Indian journal of veterinary science and animal husbandry - Volume 12,
Year: 1942
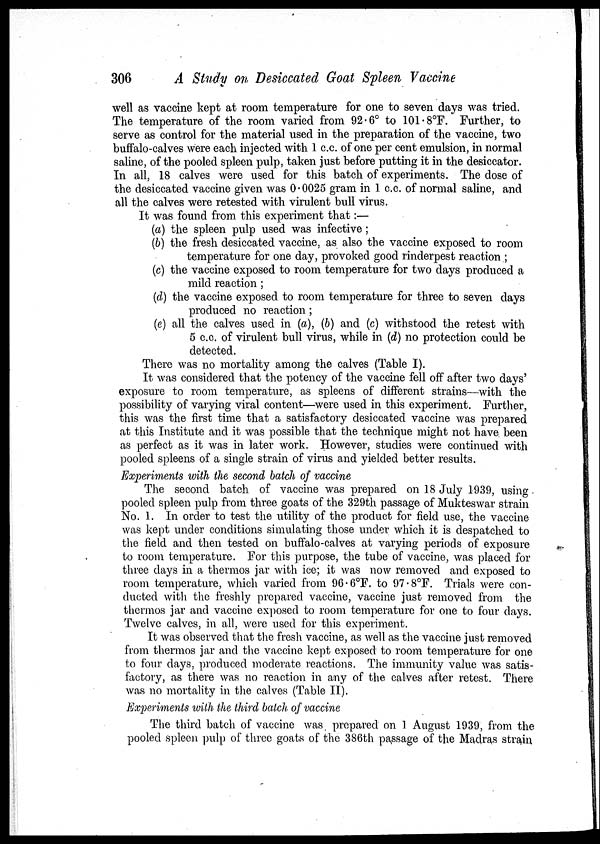
306
A Study on Desiccated Goat Spleen Vaccine
well as vaccine kept at room temperature for one to seven days was tried.
The temperature of the room varied from 92.6° to 101.8°F. Further, to
serve as control for the material used in the preparation of the vaccine, two
buffalo-calves were each injected with 1 c.c. of one per cent emulsion, in normal
saline, of the pooled spleen pulp, taken just before putting it in the desiccator.
In all, 18 calves were used for this batch of experiments. The dose of
the desiccated vaccine given was 0.0025 gram in 1 c.c. of normal saline, and
all the calves were retested with virulent bull virus.
It was found from this experiment that:—
(a) the spleen pulp used was infective;
(b) the fresh desiccated vaccine, as also the vaccine exposed to room
temperature for one day, provoked good rinderpest reaction ;
(c) the vaccine exposed to room temperature for two days produced a
mild reaction;
(d) the vaccine exposed to room temperature for three to seven days
produced no reaction;
(e) all the calves used in (a), (6) and (c) withstood the retest with
5 c.c. of virulent bull virus, while in (d) no protection could be
detected.
There was no mortality among the calves (Table I).
It was considered that the potency of the vaccine fell off after two days'
exposure to room temperature, as spleens of different strains—with the
possibility of varying viral content—were used in this experiment. Further,
this was the first time that a satisfactory desiccated vaccine was prepared
at this Institute and it was possible that the technique might not have been
as perfect as it was in later work. However, studies were continued with
pooled spleens of a single strain of virus and yielded better results.
Experiments with the second batch of vaccine
The second batch of vaccine was prepared on 18 July 1939, using
pooled spleen pulp from three goats of the 329th passage of Mukteswar strain
No. 1. In order to test the utility of the product for field use, the vaccine
was kept under conditions simulating those under which it is despatched to
the field and then tested on buffalo-calves at varying periods of exposure
to room temperature. For this purpose, the tube of vaccine, was placed for
three days in a thermos jar with ice; it was now removed and exposed to
room temperature, which varied from 96.6°F. to 97.8°F. Trials were con-
ducted with the freshly prepared vaccine, vaccine just removed from the
thermos jar and vaccine exposed to room temperature for one to four days.
Twelve calves, in all, were used for this experiment.
It was observed that the fresh vaccine, as well as the vaccine just removed
from thermos jar and the vaccine kept exposed to room temperature for one
to four days, produced moderate reactions. The immunity value was satis-
factory, as there was no reaction in any of the calves after retest. There
was no mortality in the calves (Table II).
Experiments with the third batch of vaccine
The third batch of vaccine was prepared on 1 August 1939, from the
pooled spleen pulp of three goats of the 386th passage of the Madras strain